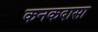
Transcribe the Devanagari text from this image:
कनकदासा